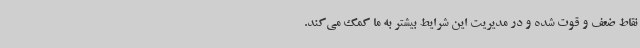
نقاط ضعف و قوت شده و در مدیریت این شرایط بیشتر به ما کمک می‌کند.